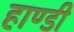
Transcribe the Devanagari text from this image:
हाण्डी